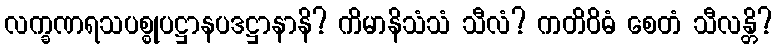
လက္ခဏရသပစ္စုပဋ္ဌာနပဒဋ္ဌာနာနိ? ကိမာနိသံသံ သီလံ? ကတိဝိဓံ စေတံ သီလန္တိ?